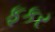
ફકર